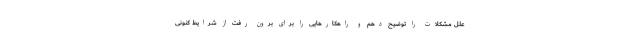
علل مشکلات را توضیح دهم و راهکارهایی را برای برون رفت از شرایط کنونی